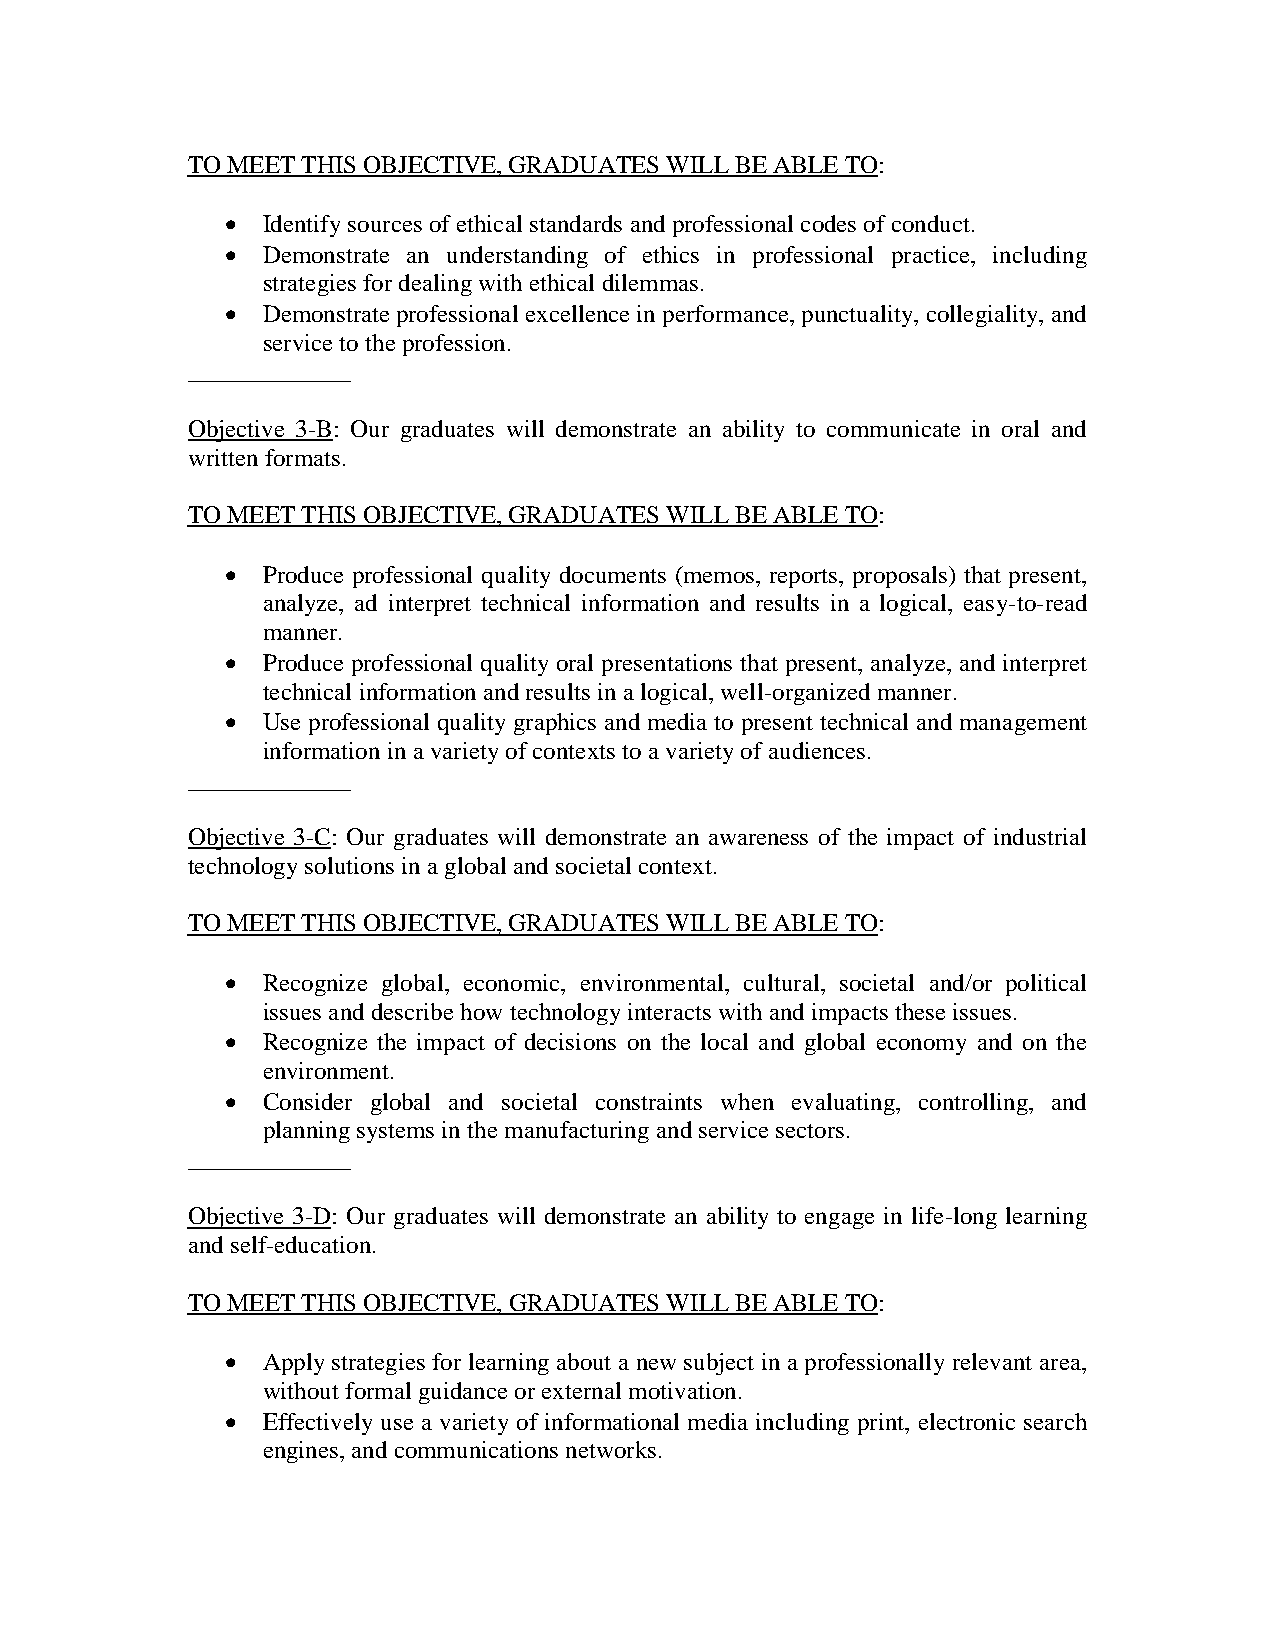
TO MEET THIS OBJECTIVE, GRADUATES WILL BE ABLE TO:
  Identify sources of ethical standards and professional codes of conduct.
  Demonstrate an understanding of ethics in professional practice, including
 strategies for dealing with ethical dilemmas.
  Demonstrate professional excellence in performance, punctuality, collegiality, and
 service to the profession.
 _____________
 Objective 3-B: Our graduates will demonstrate an ability to communicate in oral and
 written formats.
 TO MEET THIS OBJECTIVE, GRADUATES WILL BE ABLE TO:
  Produce professional quality documents (memos, reports, proposals) that present,
 analyze, ad interpret technical information and results in a logical, easy-to-read
 manner.
  Produce professional quality oral presentations that present, analyze, and interpret
 technical information and results in a logical, well-organized manner.
  Use professional quality graphics and media to present technical and management
 information in a variety of contexts to a variety of audiences.
 _____________
 Objective 3-C: Our graduates will demonstrate an awareness of the impact of industrial
 technology solutions in a global and societal context.
 TO MEET THIS OBJECTIVE, GRADUATES WILL BE ABLE TO:
  Recognize global, economic, environmental, cultural, societal and/or political
 issues and describe how technology interacts with and impacts these issues.
  Recognize the impact of decisions on the local and global economy and on the
 environment.
  Consider global and societal constraints when evaluating, controlling, and
 planning systems in the manufacturing and service sectors.
 _____________
 Objective 3-D: Our graduates will demonstrate an ability to engage in life-long learning
 and self-education.
 TO MEET THIS OBJECTIVE, GRADUATES WILL BE ABLE TO:
  Apply strategies for learning about a new subject in a professionally relevant area,
 without formal guidance or external motivation.
  Effectively use a variety of informational media including print, electronic search
 engines, and communications networks.